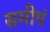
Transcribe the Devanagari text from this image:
समीपं